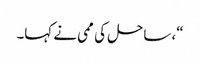
“، ساحل کی ممی نے کہا۔